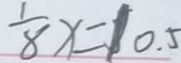
\frac { 1 } { 8 } x = 1 0 . 5